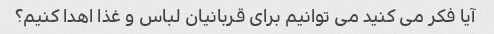
آیا فکر می کنید می توانیم برای قربانیان لباس و غذا اهدا کنیم؟